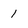
Character: 1